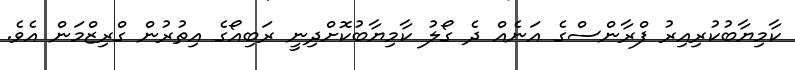
ކާމިޔާބުކުރިއިރު ފްރާންސްގެ އަނެއް ދެ ގޯލު ކާމިޔާބުކޮށްދިނީ ރަބިއޯގެ އިތުރުން ގްރިޒްމަން އެވެ.